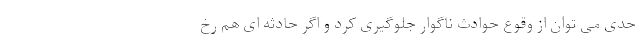
حدی می توان از وقوع حوادث ناگوار جلوگیری کرد و اگر حادثه ای هم رخ